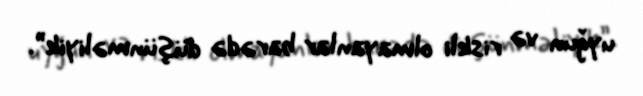
uyğun və riskli olmayanlar barədə düşünməliyik”.